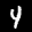
Label: 4